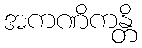
အကဏိကန္တိ